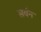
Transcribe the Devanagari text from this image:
सर्वन